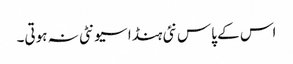
اس کے پاس نئی ہنڈا سیونٹی نہ ہوتی۔